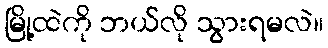
မြို့ထဲကို ဘယ်လို သွားရမလဲ။